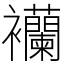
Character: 襽